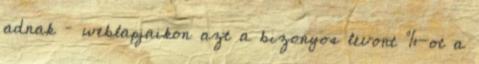
adnak – weblapjaikon azt a bizonyos levont %-ot a